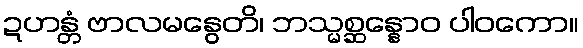
ဍဟန္တံ ဗာလမနွေတိ၊ ဘသ္မစ္ဆန္နောဝ ပါဝကော။